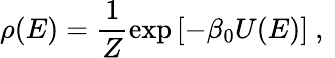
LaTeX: \rho(E)=\frac{1}{Z}\exp\left[-\beta_{0}U(E)\right]\mathrm{~,~}